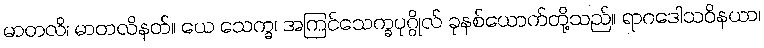
မာတလိ၊ မာတလိနတ်။ ယေ သေက္ခ၊ အကြင်သေက္ခပုဂ္ဂိုလ် ခုနစ်ယောက်တို့သည်။ ရာဂဒေါသဝိနယာ၊